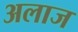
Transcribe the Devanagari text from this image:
अलाज